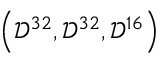
\left( \mathcal { D } ^ { 3 2 } , \mathcal { D } ^ { 3 2 } , \mathcal { D } ^ { 1 6 } \right)